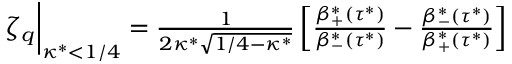
\begin{array} { r } { \zeta _ { q } \biggr \rvert _ { \kappa ^ { * } < 1 / 4 } = \frac { 1 } { 2 \kappa ^ { * } \sqrt { 1 / 4 - \kappa ^ { * } } } \left[ \frac { \beta _ { + } ^ { * } \left( \tau ^ { * } \right) } { \beta _ { - } ^ { * } \left( \tau ^ { * } \right) } - \frac { \beta _ { - } ^ { * } \left( \tau ^ { * } \right) } { \beta _ { + } ^ { * } \left( \tau ^ { * } \right) } \right] } \end{array}